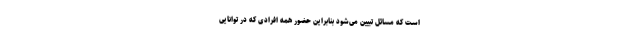
است که مسائل تبیین می‌شود بنابراین حضور همه افرادی که در توانایی